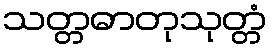
သတ္တဓာတုသုတ္တံ